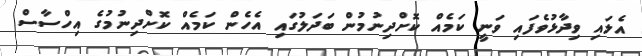
އެލައި ވިދާޅުވެފައި ވަނީ ކަމެއް ކޮށްދިނުމުން ބަދަލުގައި އެހެން ކަމެއް ކޮށްދިނުމުގެ އިހްސާސް